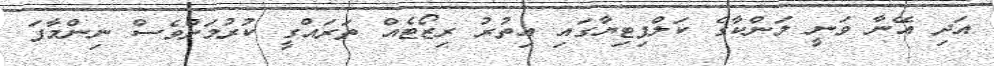
އަދި އޭނާ ވަނީ ލަންކާގެ ކަލްޕިޓިޔާގައި އިތުރު ރިޒޯޓެއް ތަރައްގީ ކުރުމަށްވެސް ނިންމާފަ